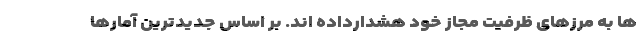
ها به مرزهای ظرفیت مجاز خود هشدارداده اند. بر اساس جدیدترین آمارها